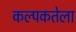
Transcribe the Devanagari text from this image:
कल्पकतेला